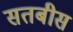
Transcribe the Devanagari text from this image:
सतबीस